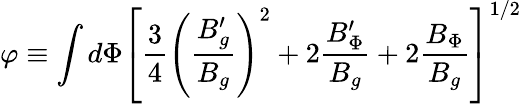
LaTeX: \varphi\equiv\int d\Phi\left[{\frac{3}{4}}\left({\frac{B_{g}^{\prime}}{B_{g}}}\right)^{2}+2{\frac{B_{\Phi}^{\prime}}{B_{g}}}+2{\frac{B_{\Phi}}{B_{g}}}\right]^{1/2}